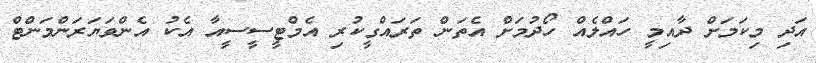
އަދި މިކަމަށް ދާއިމީ ހައްލެއް ހޯދުމަށް އެތަން ތަރައްގީކުރި އެމްޓީސީސީއާ އެކު އެންވަޔަރަންމަންޓް